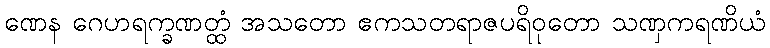
ဏေန ဂေဟရက္ခဏတ္ထံ အသတော ဧကသတရာဇပရိဝုတော သဏှကရဏိယံ